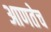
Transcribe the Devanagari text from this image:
आणतेच